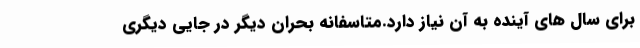
برای سال های آینده به آن نیاز دارد.متاسفانه بحران دیگر در جایی دیگری